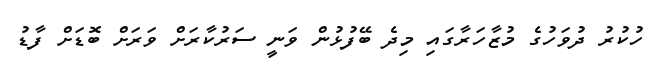
ހުކުރު ދުވަހުގެ މުޒާހަރާގައި މިދެ ބޭފުޅުން ވަނީ ސަރުކާރަށް ވަރަށް ބޮޑަށް ފާޑު